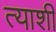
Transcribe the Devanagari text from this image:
त्याशीं